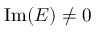
\mathrm { I m } ( E ) \ne 0